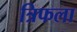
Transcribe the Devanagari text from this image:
त्रिफला